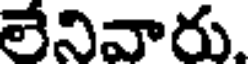
లేనివారు.